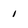
Character: 1